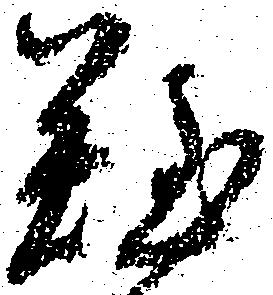
難